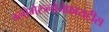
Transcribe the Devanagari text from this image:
ग्लोमेरुलोनेफ्रायटीस